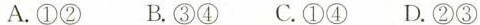
A.①② B.③④ C.①④ D.②③